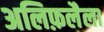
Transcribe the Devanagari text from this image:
अलिफ़लैला